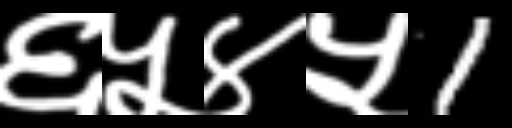
Text: ६५४५1